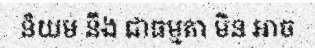
និយម នឹង ជាធម្មតា មិន អាច